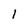
Character: 1